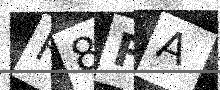
Text: F8FA